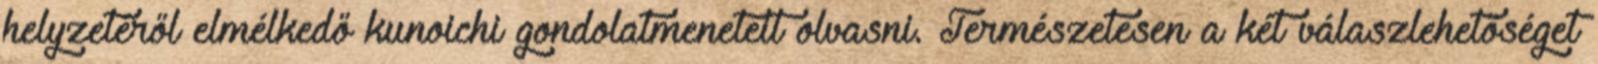
helyzetéről elmélkedő kunoichi gondolatmeneteit olvasni. Természetesen a két válaszlehetőséget